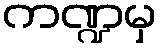
ကဏ္ဍမှ